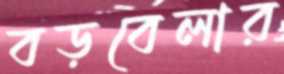
বড়বেলার